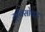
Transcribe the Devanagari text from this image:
यूबिसोफ्ट